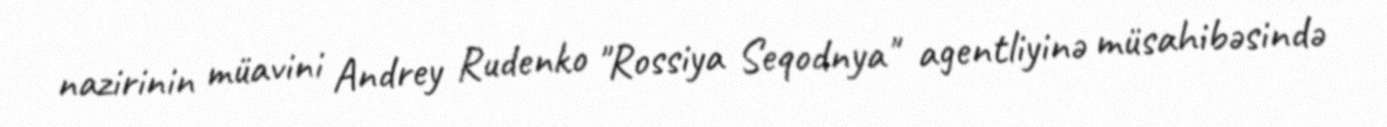
nazirinin müavini Andrey Rudenko "Rossiya Seqodnya" agentliyinə müsahibəsində